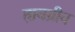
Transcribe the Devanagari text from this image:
ह्ययग्रीव